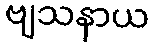
ဗျသနာယ